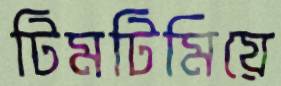
টিমটিমিয়ে